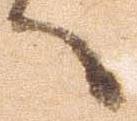
へ